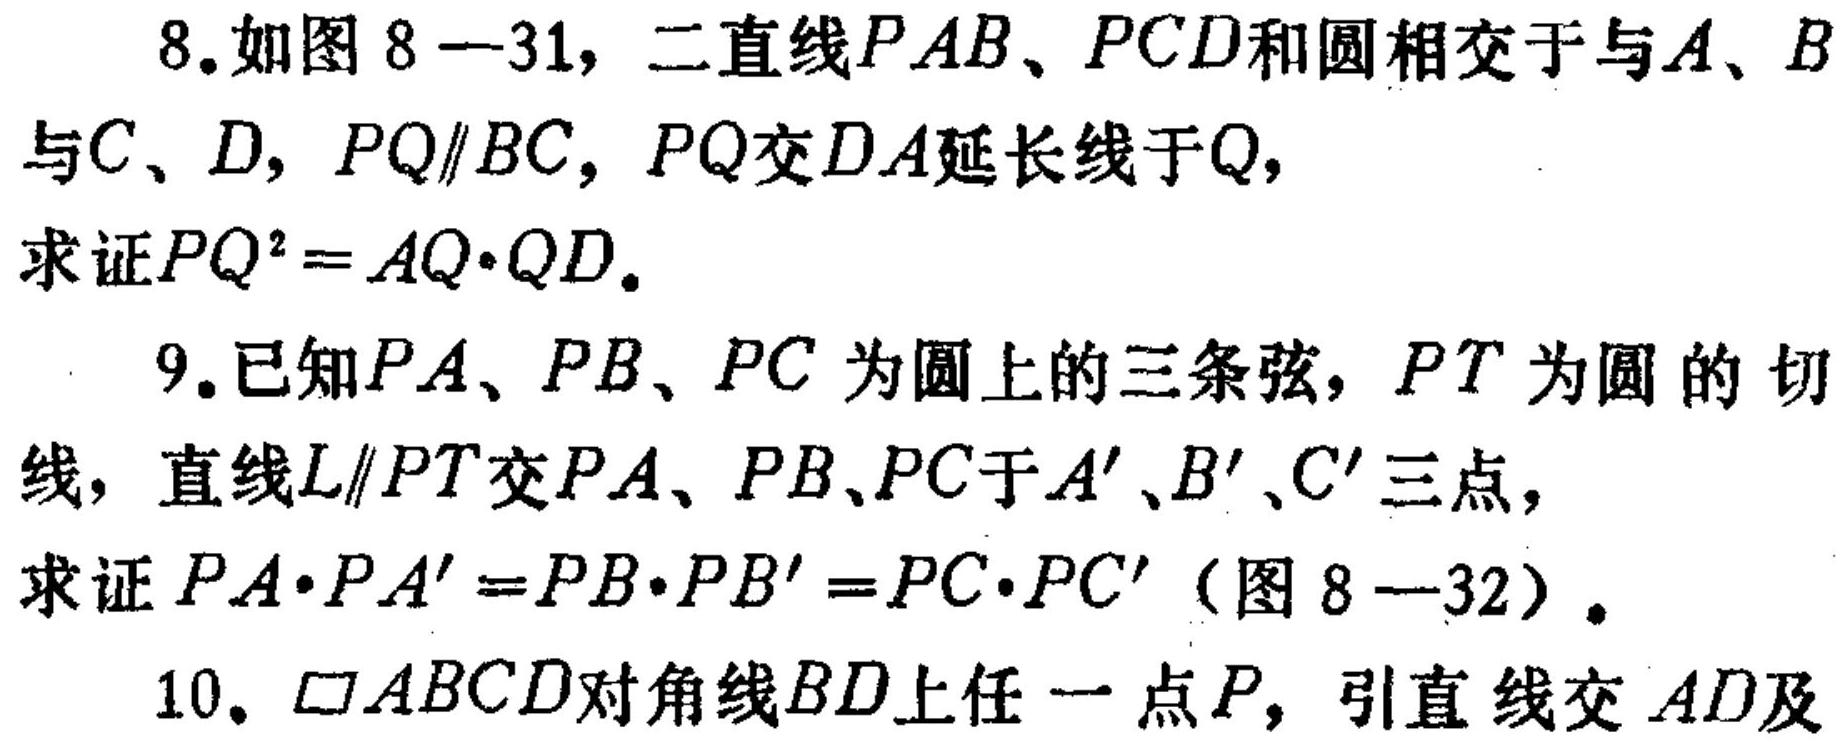
8. 如图 8—31，二直线\(PAB\)、\(PCD\)和圆相交于与\(A\)、\(B\)与\(C\)、\(D\)，\(PQ\parallel BC\)，\(PQ\)交\(DA\)延长线于\(Q\)，
求证\(PQ^{2}=AQ\cdot QD\)。
9. 已知\(PA\)、\(PB\)、\(PC\) 为圆上的三条弦，\(PT\) 为圆的切线，直线\(L\parallel PT\)交\(PA\)、\(PB\)、\(PC\)于\(A'\)、\(B'\)、\(C'\)三点，
求证 \(PA\cdot PA' = PB\cdot PB' = PC\cdot PC'\)（图 8—32）。
10. \(\square ABCD\)对角线\(BD\)上任一点\(P\)，引直线交 \(AD\)及